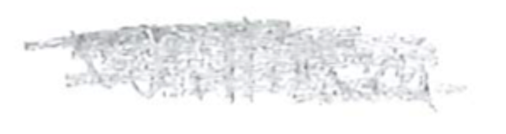
Text: William
Cross-out: scratch
Writing tool: pencil